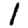
Digit: 1